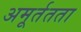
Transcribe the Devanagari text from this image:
अमूर्ततता